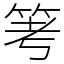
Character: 𥬯